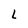
Character: L